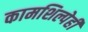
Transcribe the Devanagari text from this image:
कामशिल्पेही